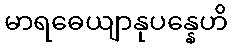
မာရဓေယျာနုပန္နေဟိ